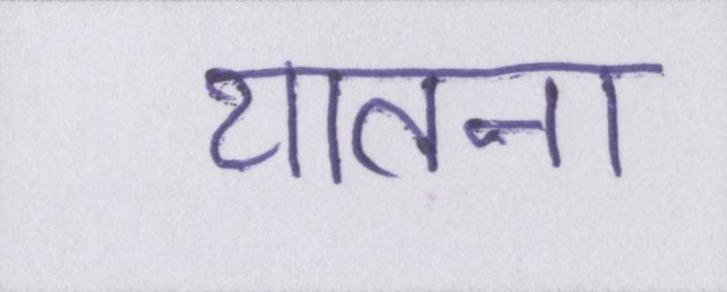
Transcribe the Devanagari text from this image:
यातना